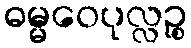
ဓမ္မဝေပုလ္လဉ္စ